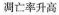
凋亡率升高